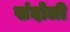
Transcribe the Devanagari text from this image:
खंदोली